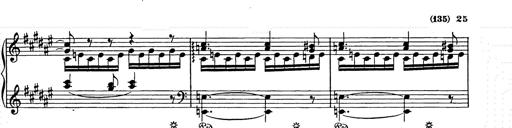
Title: Weihnachtsbaum
Composer: Franz Liszt